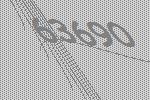
63690